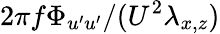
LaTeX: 2\pi f\Phi_{u^{\prime}u^{\prime}}/(U^{2}\lambda_{x,z})